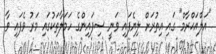
"އަލްއަޙްރާމް" ގައި އިތުރަށް ލިޔެފައި ވަނީ ސިފައިންގެ ހަމަލާތަކުގައި މަރު ވެފައި ވާ